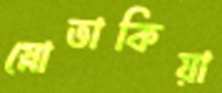
স্লোভাকিয়া